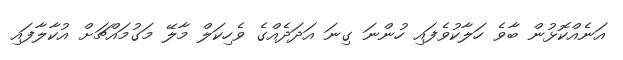
އަނެއްކޮޅުން ބާވެ ހަލާކުވެފައި ހުންނަ ގިނަ އަދަދެއްގެ ވެހިކަލް މާލޭ މަގުމައްޗަށް އުކާލާފައި